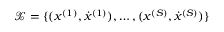
\mathcal X = \{ ( x ^ { ( 1 ) } , \dot { x } ^ { ( 1 ) } ) , \dots , ( x ^ { ( S ) } , \dot { x } ^ { ( S ) } ) \}